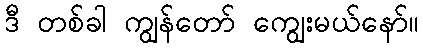
ဒီ တစ်ခါ ကျွန်တော် ကျွေးမယ်နော်။